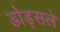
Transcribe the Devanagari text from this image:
डोड्सले